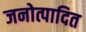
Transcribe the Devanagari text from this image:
जनोत्पादित